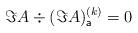
LaTeX: \begin{align*}\Im A \div(\Im A)_{\mathsf a}^{(k)}=0\end{align*}